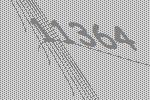
11364